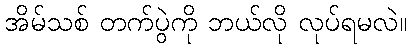
အိမ်သစ် တက်ပွဲကို ဘယ်လို လုပ်ရမလဲ။